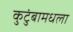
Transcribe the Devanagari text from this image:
कुटुंबामधला